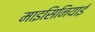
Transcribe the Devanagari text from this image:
माइसिनियाई